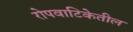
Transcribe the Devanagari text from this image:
रोपवाटिकेतील